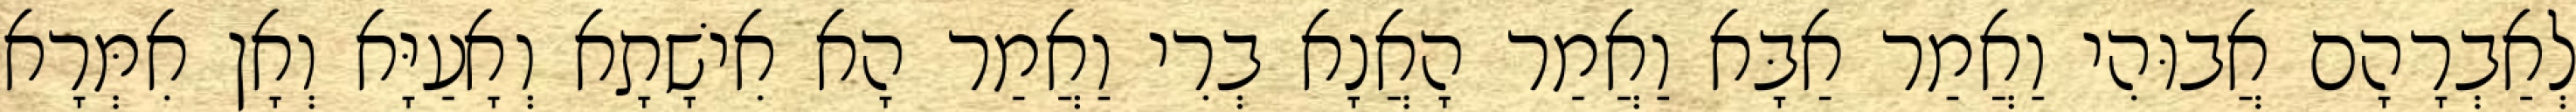
לְאַבְרָהָם אֲבוּהִי וַאֲמַר אַבָּא וַאֲמַר הָאֲנָא בְרִי וַאֲמַר הָא אִישָׁתָא וְאָעַיָּא וְאָן אִמְּרָא